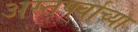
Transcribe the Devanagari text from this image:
अस्तपर्वाच्या